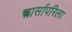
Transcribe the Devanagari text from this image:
सार्सापरिला